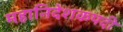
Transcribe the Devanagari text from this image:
महानिदेशकपदी